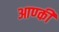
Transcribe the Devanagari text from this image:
आण्की